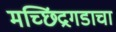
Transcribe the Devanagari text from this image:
मच्छिंद्रगडाचा